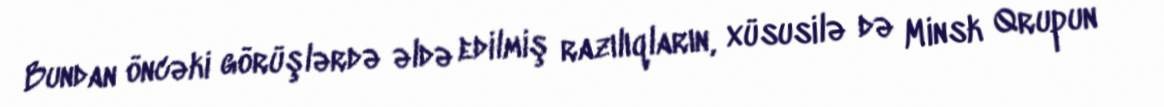
Bundan öncəki görüşlərdə əldə edilmiş razılıqların, xüsusilə də Minsk Qrupun